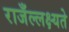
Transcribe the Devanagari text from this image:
राजँल्लक्ष्यते